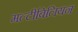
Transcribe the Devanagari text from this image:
मल्टीबिलियन